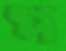
প